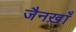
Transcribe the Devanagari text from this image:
जैनख़ाँ